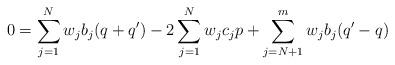
LaTeX: \begin{align*}0= \sum_{j=1}^{N}w_{j}b_{j}(q+q') -2 \sum_{j=1}^{N} w_{j}c_{j}p + \sum_{j=N+1}^{m}w_{j}b_{j}(q'-q) \end{align*}